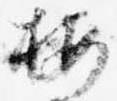
按